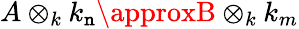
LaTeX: A\otimes_{k}k_{\mathtt{n}}\approxB\otimes_{k}k_{m}